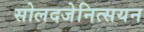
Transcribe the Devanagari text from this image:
सोलदजेनित्सयन